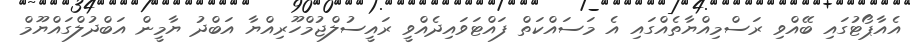
އެއާޕޯޓުގައި ބޭއްވި ރަސްމިއްޔާތެއްގައި އެ މަސައްކަތް ފައްޓަވައިދެއްވީ ރައީސުލްޖުމްހޫރިއްޔާ އަބްދު ޔާމީން އަބްދުލްގައްޔޫމް